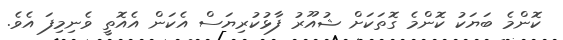
ކޮންމެ ބަޔަކު ކޮންމެ ގޮތަކަށް ޝުއޫރު ފާޅުކުރިޔަސް އެކަން އެއޮތީ ވެނިމިފަ އެވެ.